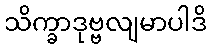
သိက္ခာဒုဗ္ဗလျမာပါဒိ